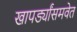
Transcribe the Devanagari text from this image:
खापर्ड्यांसमवेत